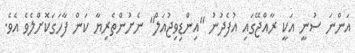
އަންނަ ސުނީ އަކީ ރާއްޖޭގައި އުފެދުނު "އިންޑިވިޖުއަލް" ނެށުންތެރިޔާ ކަން ފާހަގަކޮށްލެވެ އެވެ.